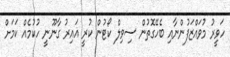
ހަވީރު މުވައްޒަފުންނާއި ބެހޭގޮތުން ސިވިލް ކޯޓުން ކުރީ ޣައިރު ގާނޫނީ ހުކުމެއް ކަމަށް